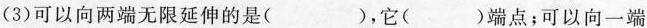
（3）可以向两端无限延伸的是（ ），它（ ）端点；可以向一端